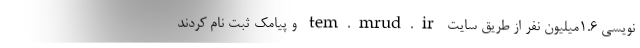
نویسی ۱.۶میلیون نفر از طریق سایت tem.mrud.ir و پیامک ثبت نام کردند